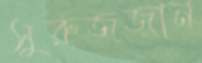
সুরুজজান